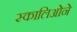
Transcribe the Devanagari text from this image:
स्कालिओने